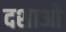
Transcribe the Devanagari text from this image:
दशाओ